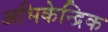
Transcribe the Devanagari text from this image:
अभिकेन्द्रिक